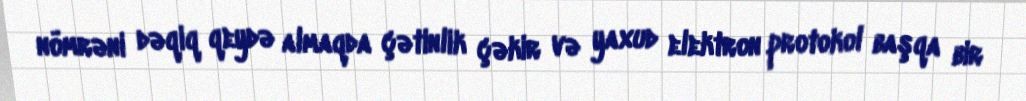
nömrəni dəqiq qeydə almaqda çətinlik çəkir və yaxud elektron protokol başqa bir